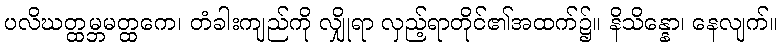
ပလိဃတ္ထမ္ဘမတ္ထကေ၊ တံခါးကျည်ကို လျှိုရာ လှည့်ရာတိုင်၏အထက်၌။ နိသိန္နော၊ နေလျက်။